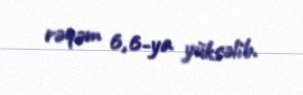
rəqəm 6,6-ya yüksəlib.